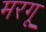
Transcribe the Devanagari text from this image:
मरगू